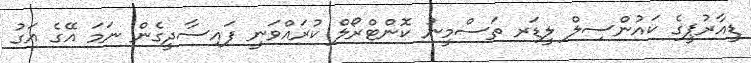
ޑީއާރުޕީގެ ކައުންސިލް ލީޑަރ ތަސްމީނު ކޮންޓްރޯލް ކުރައްވަނީ ފައިސާދީގެން ނަމަ އޭގެ އަގު